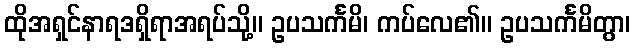
ထိုအရှင်နာရဒရှိရာအရပ်သို့။ ဥပသင်္ကမိ၊ ကပ်လေ၏။ ဥပသင်္ကမိတွာ၊